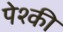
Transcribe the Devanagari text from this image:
पेश्की